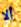
ألا